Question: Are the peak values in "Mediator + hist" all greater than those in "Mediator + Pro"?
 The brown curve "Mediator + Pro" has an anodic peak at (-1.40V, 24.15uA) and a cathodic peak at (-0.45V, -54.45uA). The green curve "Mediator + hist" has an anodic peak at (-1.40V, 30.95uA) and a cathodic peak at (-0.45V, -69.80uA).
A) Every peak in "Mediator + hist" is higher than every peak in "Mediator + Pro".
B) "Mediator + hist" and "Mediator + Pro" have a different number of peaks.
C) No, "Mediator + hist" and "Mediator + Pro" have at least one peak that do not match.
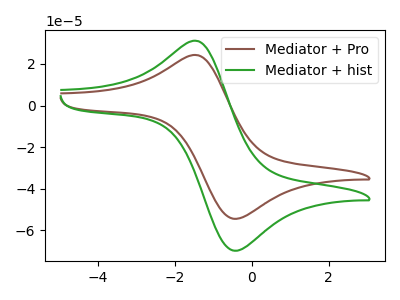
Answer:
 <answer>A) Every peak in "Mediator + hist" is higher than every peak in "Mediator + Pro".</answer>
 <eval>A</eval>